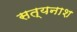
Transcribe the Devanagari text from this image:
सत्यनाश